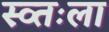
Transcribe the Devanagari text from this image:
स्व्तःला